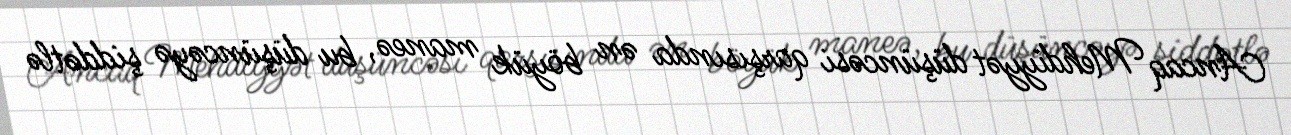
Ancaq Mehdiyyət düşüncəsi qarşısında ən böyük maneə, bu düşüncəyə şiddətlə